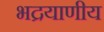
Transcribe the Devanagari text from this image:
भद्रयाणीय